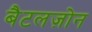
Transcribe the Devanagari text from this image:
बैटलज़ोन